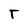
Character: T